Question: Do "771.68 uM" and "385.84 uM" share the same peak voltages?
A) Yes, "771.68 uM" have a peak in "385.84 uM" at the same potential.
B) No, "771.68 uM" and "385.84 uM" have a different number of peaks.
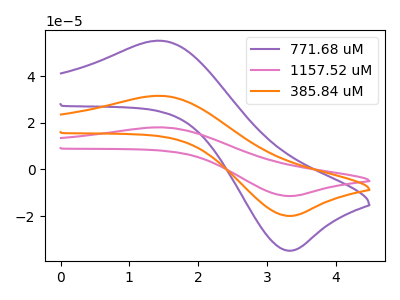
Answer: <think>The purple curve "771.68 uM" has an anodic peak at (1.45V, 55.10uA) and a cathodic peak at (3.30V, -34.75uA). The pink curve "1157.52 uM" has an anodic peak at (1.45V, 63.05uA) and a cathodic peak at (3.30V, -39.75uA). The orange curve "385.84 uM" has an anodic peak at (1.45V, 31.50uA) and a cathodic peak at (3.30V, -19.90uA).</think>
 <answer>A) Yes, "771.68 uM" have a peak in "385.84 uM" at the same potential.</answer>
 <eval>A</eval>